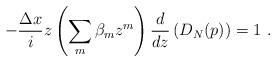
LaTeX: \begin{align*}-{\Delta x\over i} z \left( \sum_m\beta_m z^m\right){d\over dz} \left(D_N(p)\right) = 1\ .\end{align*}